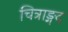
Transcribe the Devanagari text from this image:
चित्राङ्गद